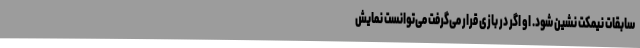
سابقات نیمکت نشین شود. او اگر در بازی قرار می‌گرفت می‌توانست نمایش